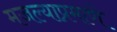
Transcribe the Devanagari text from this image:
मजल्याप्रमाणे